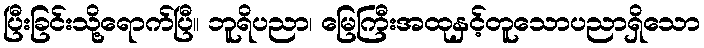
ပြီးခြင်းသို့ရောက်ပြီ။ ဘူရိပညာ၊ မြေကြီးအထုနှင့်တူသောပညာရှိသော